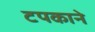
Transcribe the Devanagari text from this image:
टपकाने